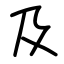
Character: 及